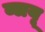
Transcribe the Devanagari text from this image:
ब्लयू